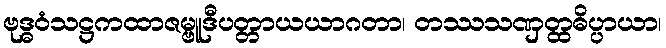
ဗုဒ္ဓဝံသဋ္ဌကထာဇမ္ဗူဒီပတ္တာယယာဂတာ၊ တဿသဏှတ္ထဓိပ္ပာယာ၊